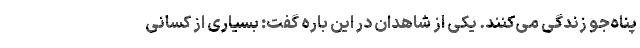
پناه‌جو زندگی می‌کنند. یکی از شاهدان در این باره گفت: بسیاری از کسانی